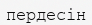
пердесін